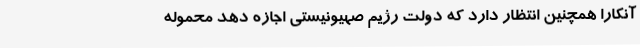
آنکارا همچنین انتظار دارد که دولت رژیم صهیونیستی اجازه دهد محموله